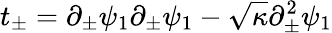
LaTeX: t_{\pm}=\partial_{\pm}\psi_{1}\partial_{\pm}\psi_{1}-\sqrt{\kappa}\partial_{\pm}^{2}\psi_{1}